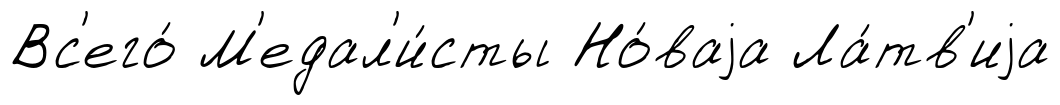
Вс'его́ М'едал'и́сты Но́ваjа Ла́тв'иjа